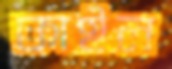
কাইল